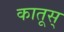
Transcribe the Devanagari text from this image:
कातूस्